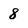
Character: 8